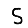
Digit: 5